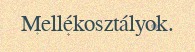
Mellékosztályok.